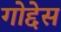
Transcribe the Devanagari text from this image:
गोद्देस